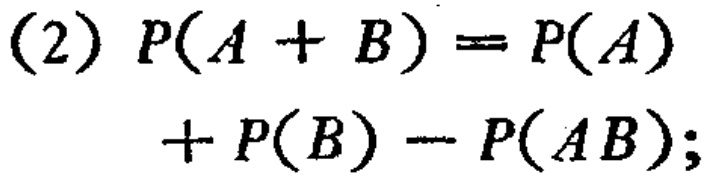
(2) \(P(A + B)=P(A)+P(B)-P(AB);\)